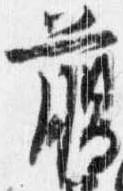
臈